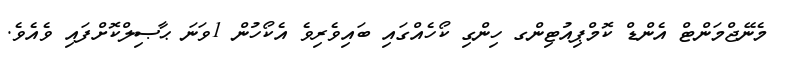
މެނޭޖްމަންޓް އެންޑް ކޮމްޕިއުޓިންގ ހިންގި ކޯހެއްގައި ބައިވެރިވެ އެކޯހުން 1ވަނަ ޙާޞިލްކޮށްފައި ވެއެވެ.